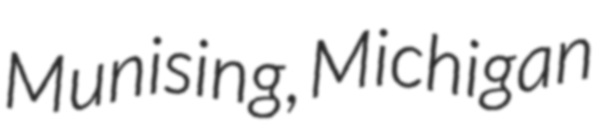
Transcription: Munising, Michigan